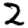
Digit: 2